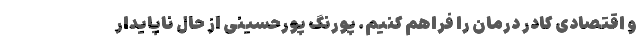
و اقتصادی کادر درمان را فراهم کنیم. پورنگ پورحسینی از حال ناپایدار